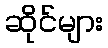
ဆိုင်များ